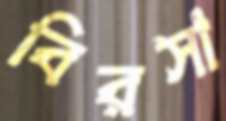
বিরসা